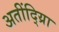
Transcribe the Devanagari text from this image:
अतींद्य्राि